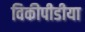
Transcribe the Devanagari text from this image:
विकीपीडीया